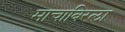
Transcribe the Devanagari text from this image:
माचाबिरला